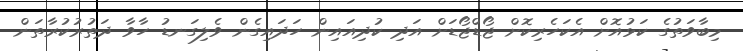
މިބާވަތުގެ ކަޅުއޮށް އެކަހެރިކޮށް ޖޯޑްޖޯޑަށް އަދި ކުދިއައިން ހަދައިގެން ވެލިގަނޑު ހާވާ ދަތުރުކުރާތަން